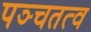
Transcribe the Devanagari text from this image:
पञ्चतत्व